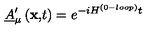
\underline { { A } } _ { \mu } ^ { \prime } \left( \mathbf { x , } t \right) = e ^ { - i H ^ { ( 0 - l o o p ) } t }